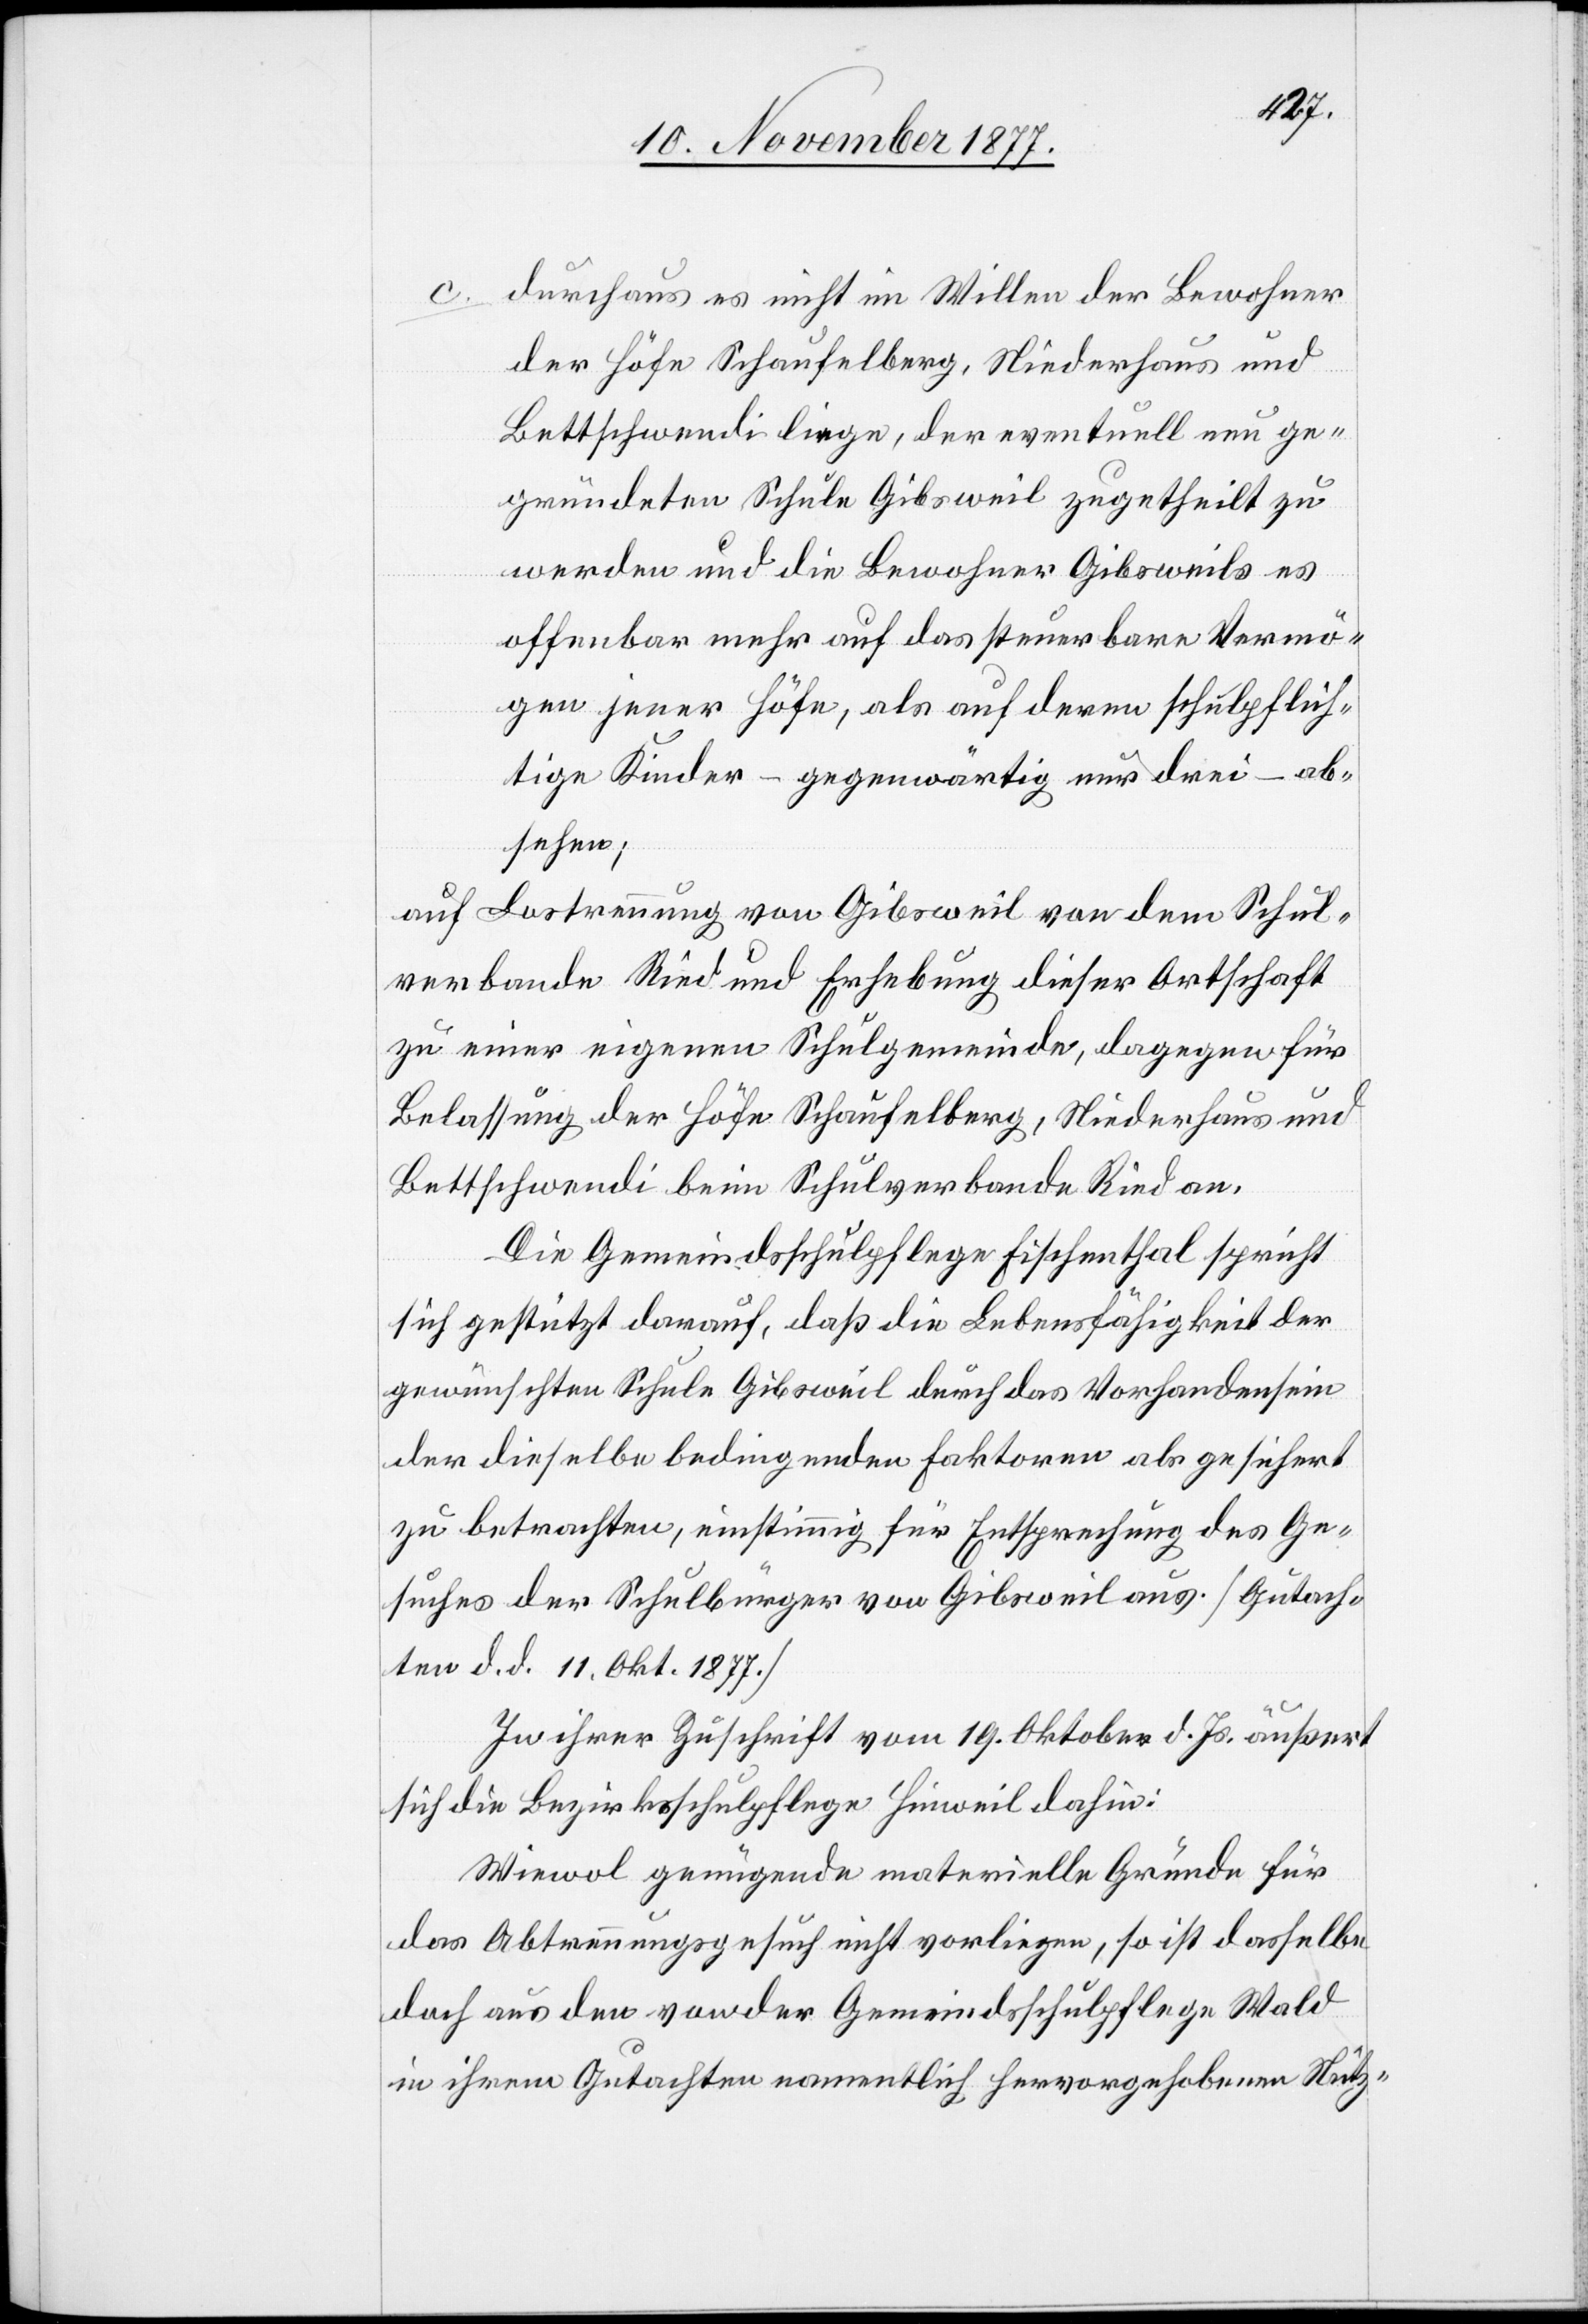
c.
durchaus es nicht im Willen der Bewohner
der Höfe Schaufelberg, Niederhaus und
Bettschwendi liege, der eventuell neu ge¬
gründeten Schule Gibsweil zugetheilt zu
werden und die Bewohner Gibsweils es
offenbar mehr auf das steuerbare Vermö¬
gen jener Höfe, als auf deren schulpflich¬
tige Kinder – gegenwärtig nur drei – ab¬
sehen;
auf Lostrennung von Gibsweil von dem Schul¬
verbande Ried und Erhebung dieser Ortschaft
zu einer eigenen Schulgemeinde, dagegen für
Belassung der Höfe Schaufelberg, Niederhaus und
Bettschwendi beim Schulverbande Ried an.
Die Gemeindsschulpflege Fischenthal spricht
sich gestützt darauf, daß die Lebensfähigkeit der
gewünschten Schule Gibsweil durch das Vorhandensein
der dieselbe bedingenden Faktoren als gesichert
zu betrachten, einstimmig für Entsprechung des Ge¬
suches der Schulbürger von Gibsweil aus. [Gutach¬
ten d. d. 11. Okt. 1877.]
In ihrer Zuschrift vom 19. Oktober d. Js. äußert
sich die Bezirksschulpflege Hinweil dahin:
Wiewol genügende materielle Gründe für
das Abtrennungsgesuch nicht vorliegen, so ist dasselbe
doch aus den von der Gemeindsschulpflege Wald
in ihrem Gutachten namentlich hervorgehobenen Nütz-